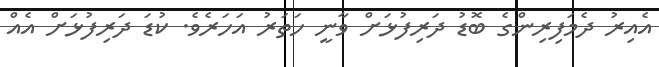
އެއިރު ދެމަފިރިންގެ ބޮޑު ދަރިފުޅަށް ވާނީ ހަތަރު އަހަރެވެ. ކުޑަ ދަރިފުޅަށް އެއް